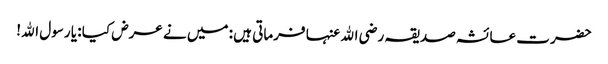
حضرت عائشہ صدیقہ رضی اﷲ عنہا فرماتی ہیں : میں نے عرض کیا : یا رسول اﷲ!